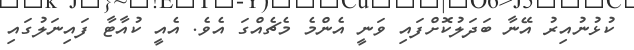
ކުޅުނުއިރު އޭނާ ބަދަލުކޮށްފައި ވަނީ އެންމެ މެޗެއްގަ އެވެ. އެއީ ކުއާޓާ ފައިނަލުގައި